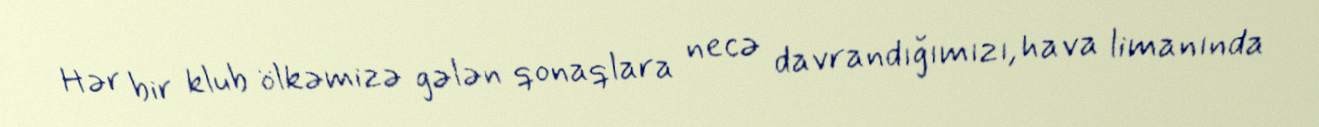
Hər bir klub ölkəmizə gələn qonaqlara necə davrandığımızı, hava limanında